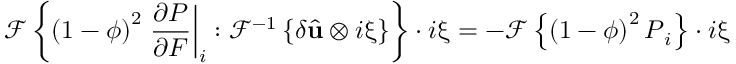
\mathcal { F } \left\{ \left( 1 - \phi \right) ^ { 2 } \left. \frac { \partial \boldsymbol { P } } { \partial \boldsymbol { F } } \right| _ { i } : \mathcal { F } ^ { - 1 } \left\{ \delta \widehat { \mathbf { u } } \otimes i \boldsymbol { \upxi } \right\} \right\} \cdot i \boldsymbol { \upxi } = - \mathcal { F } \left\{ \left( 1 - \phi \right) ^ { 2 } \boldsymbol { P } _ { i } \right\} \cdot i \boldsymbol { \upxi }